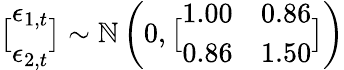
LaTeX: \bigl[\begin{array}{l}{\epsilon_{1,t}}\\ {\epsilon_{2,t}}\end{array}\bigr]\sim\mathbb{N}\left(0,\bigl[\begin{array}{ll}{1.00}&{0.86}\\ {0.86}&{1.50}\end{array}\bigr]\right)